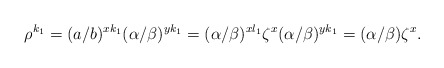
\begin{align*} \rho^{k_1}=(a/b)^{xk_1}(\alpha/\beta)^{yk_1}=(\alpha/\beta)^{xl_1}\zeta^x(\alpha/\beta)^{yk_1}=(\alpha/\beta)\zeta^x.\end{align*}